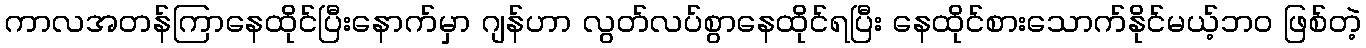
ကာလအတန်ကြာနေထိုင်ပြီးနောက်မှာ ဂျန်ဟာ လွတ်လပ်စွာနေထိုင်ရပြီး နေထိုင်စားသောက်နိုင်မယ့်ဘဝ ဖြစ်တဲ့